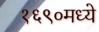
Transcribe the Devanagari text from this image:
१६९०मध्ये